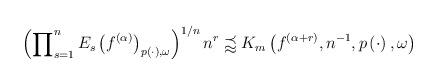
LaTeX: \begin{align*}\left( \prod\nolimits_{s=1}^{n}E_{s}\left( f^{(\alpha )}\right) _{p\left(\cdot \right) ,\omega }\right) ^{1/n}n^{r}\precapprox K_{m}\left( f^{(\alpha +r)},n^{-1},p\left( \cdot \right) ,\omega \right) \end{align*}